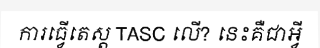
ការធ្វើតេស្ត TASC លើ? នេះគឺជាអ្វី